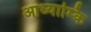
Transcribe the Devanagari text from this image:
आध्याम्कि